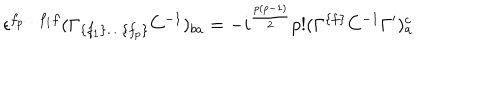
LaTeX: \epsilon ^ { f _ { p } \ldots f _ { 1 } f } ( \Gamma _ { \{ f _ { 1 } \} \ldots \{ f _ { p } \} } C ^ { - { 1 } } ) _ { { b a } } = - i ^ { { { \frac { p ( p - 1 ) } { 2 } } } } p ! ( \Gamma ^ { \{ f \} } C ^ { - { 1 } } \Gamma ^ { \prime } ) _ { a } ^ { c }